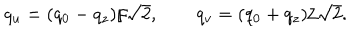
LaTeX: q _ { u } = ( q _ { 0 } - q _ { z } ) / \sqrt { 2 } , \qquad q _ { v } = ( q _ { 0 } + q _ { z } ) / \sqrt { 2 } .